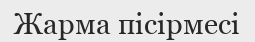
Жарма пісірмесі